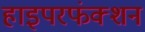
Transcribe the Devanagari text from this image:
हाइपरफंक्शन